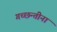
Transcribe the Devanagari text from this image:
गच्छन्तीनां